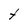
Character: t